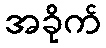
အခိုက်